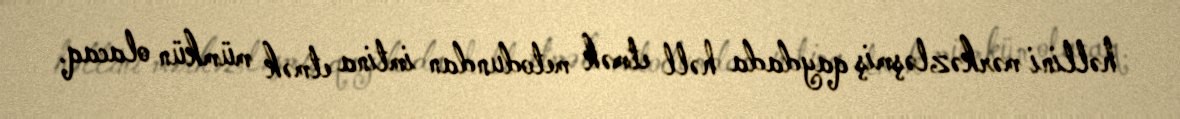
həllini mərkəzləşmiş qaydada həll etmək metodundan imtina etmək mümkün olacaq.